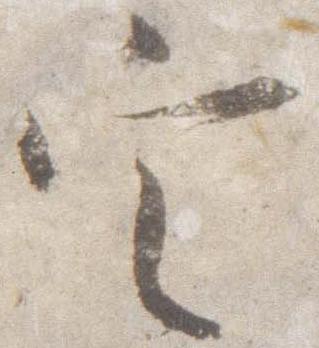
定